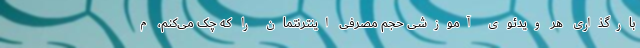
بارگذاری هر ویدئوی آموزشی حجم مصرفی اینترنتمان را که چک می‌کنم، م